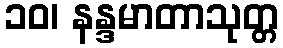
၁၀၊ နန္ဒမာတာသုတ္တ